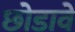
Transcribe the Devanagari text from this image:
छोडावे